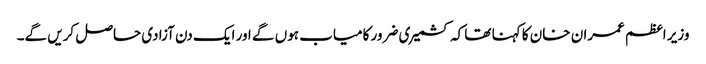
وزیر اعظم عمران خان کا کہنا تھا کہ کشمیری ضرور کامیاب ہوں گے اور ایک دن آزادی حاصل کریں گے۔